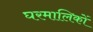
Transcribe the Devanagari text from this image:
घरमालिकों